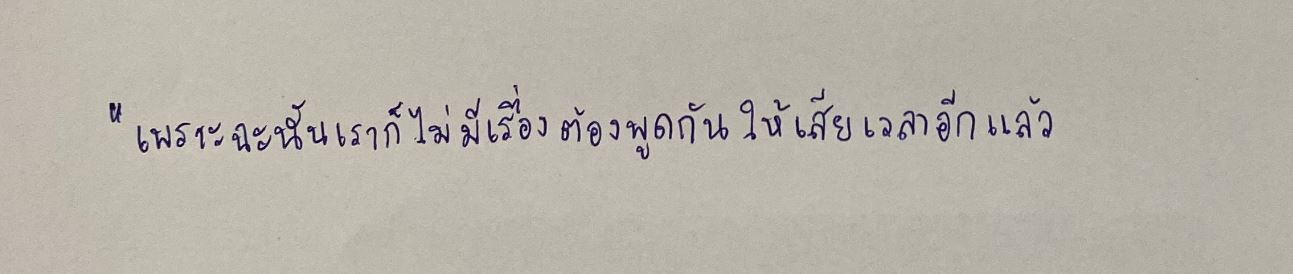
"เพราะฉะนั้นเราก็ไม่มีเรื่องต้องพูดกันให้เสียเวลาอีกแล้ว